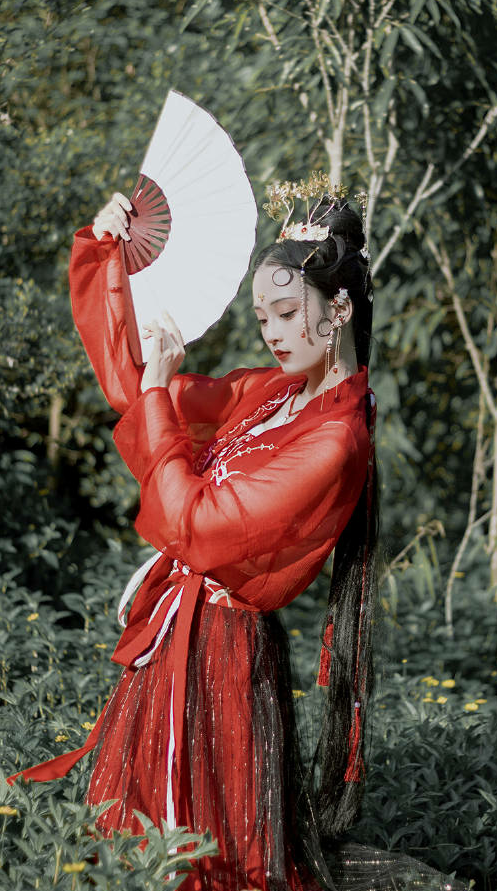
念月榭携手，露桥闻笛。